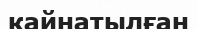
кайнатылған